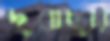
দুবাছুরি